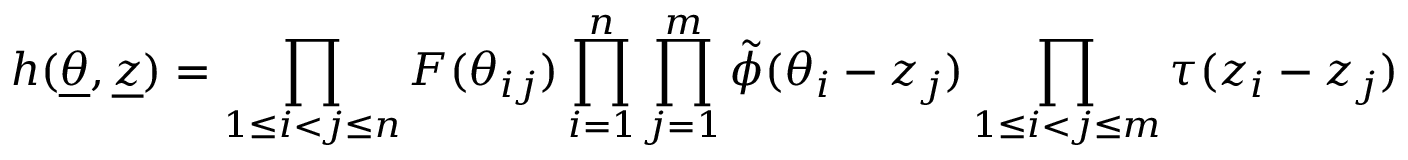
h ( \underline { { { \theta } } } , { \underline { { { z } } } } ) = \prod _ { 1 \le i < j \le n } F ( \theta _ { i j } ) \prod _ { i = 1 } ^ { n } \prod _ { j = 1 } ^ { m } \tilde { \phi } ( \theta _ { i } - z _ { j } ) \prod _ { 1 \le i < j \le m } \tau ( z _ { i } - z _ { j } )